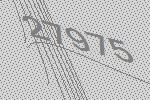
27975